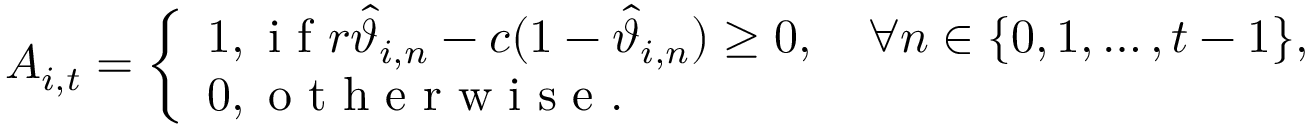
A _ { i , t } = \left\{ \begin{array} { l l } { 1 , \mathrm { ~ i ~ f ~ } r \widehat { \vartheta } _ { i , n } - c ( 1 - \widehat { \vartheta } _ { i , n } ) \geq 0 , \quad \forall n \in \{ 0 , 1 , \ldots , t - 1 \} , } \\ { 0 , \mathrm { ~ o ~ t ~ h ~ e ~ r ~ w ~ i ~ s ~ e ~ . ~ } } \end{array} \right.